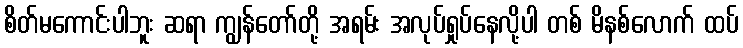
စိတ်မကောင်းပါဘူး ဆရာ ကျွန်တော်တို့ အရမ်း အလုပ်ရှုပ်နေလို့ပါ တစ် မိနစ်လောက် ထပ်